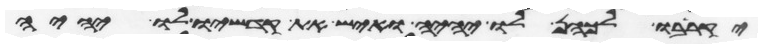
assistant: יקריבו לכהן לו יהיה ואיש את קדשיו לו יהיה